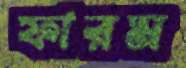
ফারম